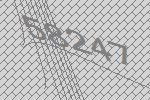
58247